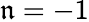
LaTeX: \mathfrak{n}=-1